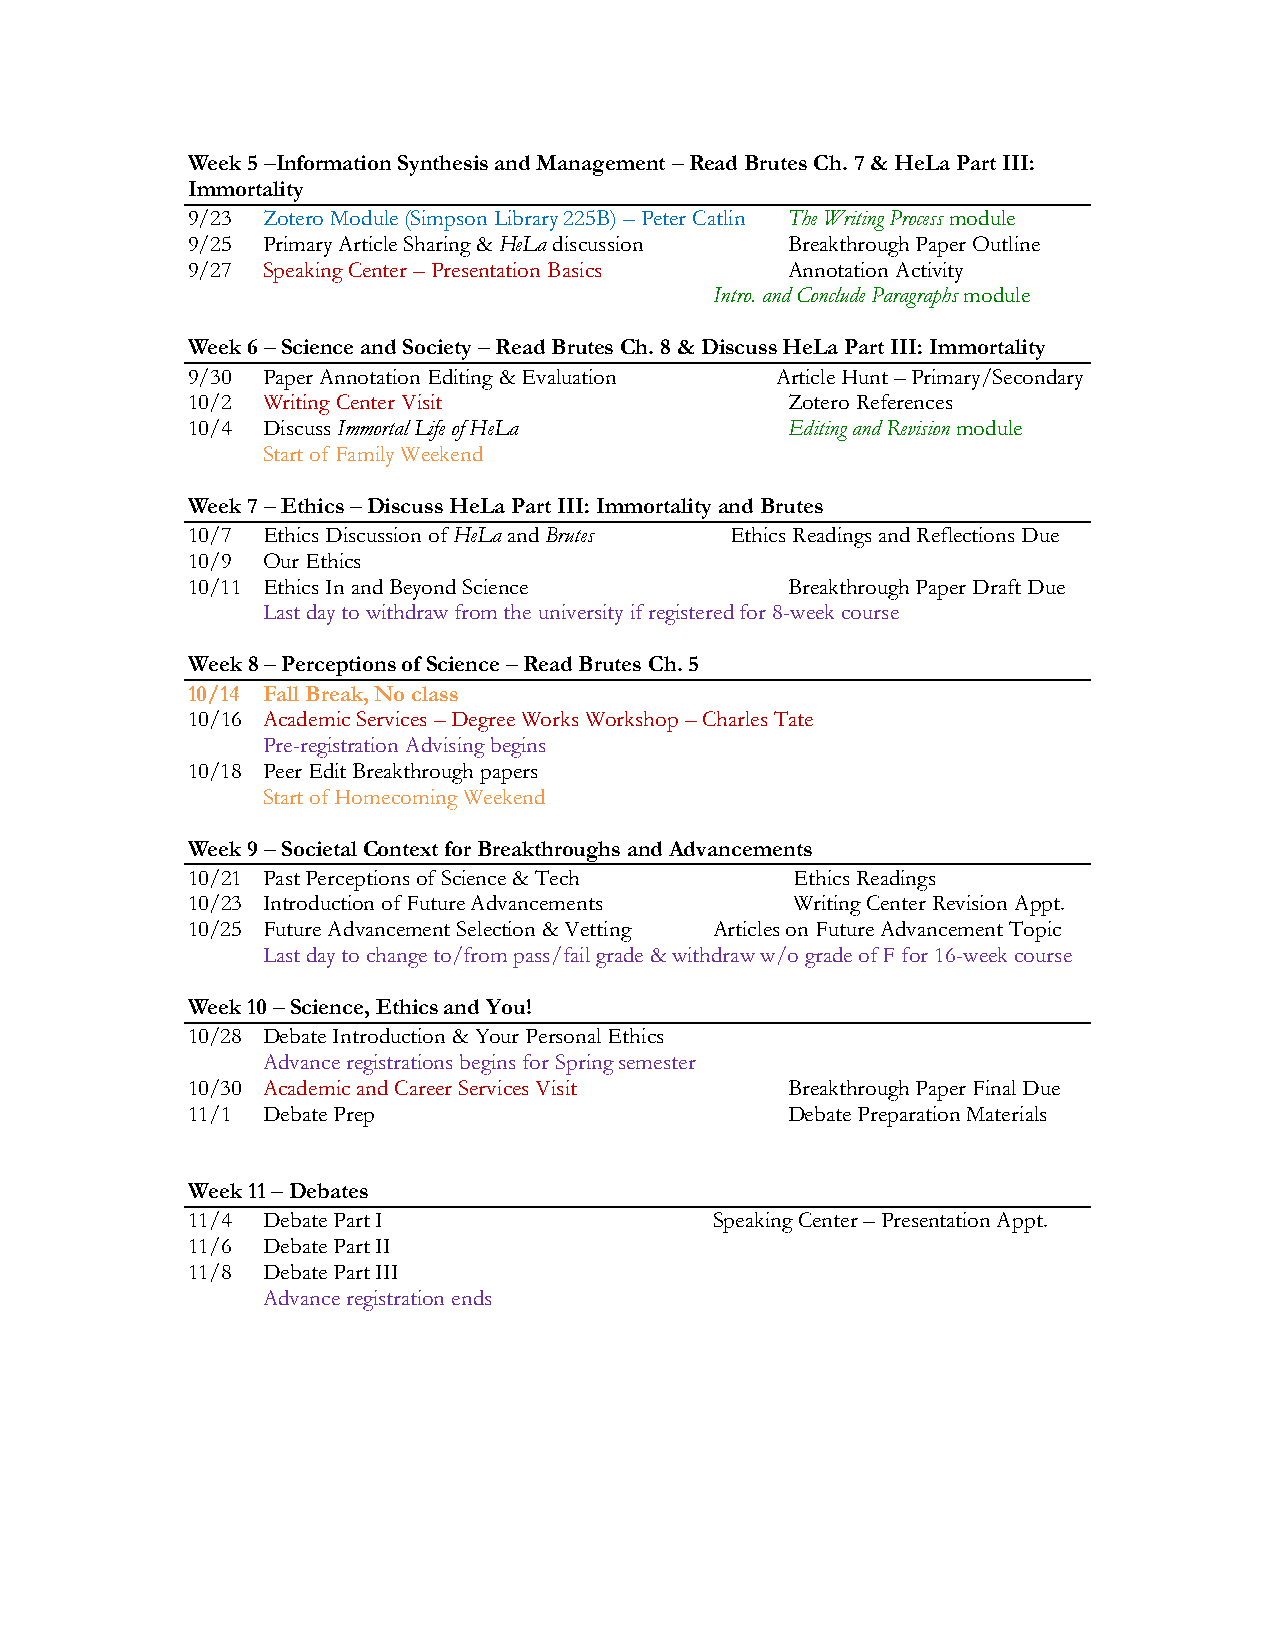
Week 5 –Information Synthesis and Management – Read Brutes Ch. 7 & HeLa Part III:
 Immortality
 9/23 Zotero Module (Simpson Library 225B) – Peter Catlin The Writing Process module
 9/25 Primary Article Sharing & HeLa discussion Breakthrough Paper Outline
 9/27 Speaking Center – Presentation Basics Annotation Activity
 Intro. and Conclude Paragraphs module
 Week 6 – Science and Society – Read Brutes Ch. 8 & Discuss HeLa Part III: Immortality
 9/30 Paper Annotation Editing & Evaluation Article Hunt – Primary/Secondary
 10/2 Writing Center Visit               Zotero References
 10/4 Discuss Immortal Life of HeLa      Editing and Revision module
 Start of Family Weekend
 Week 7 – Ethics – Discuss HeLa Part III: Immortality and Brutes
 10/7 Ethics Discussion of HeLa and Brutes Ethics Readings and Reflections Due
 10/9 Our Ethics
 10/11 Ethics In and Beyond Science      Breakthrough Paper Draft Due
 Last day to withdraw from the university if registered for 8-week course
 Week 8 – Perceptions of Science – Read Brutes Ch. 5
 10/14 Fall Break, No class
 10/16 Academic Services – Degree Works Workshop – Charles Tate
 Pre-registration Advising begins
 10/18 Peer Edit Breakthrough papers
 Start of Homecoming Weekend
 Week 9 – Societal Context for Breakthroughs and Advancements
 10/21 Past Perceptions of Science & Tech Ethics Readings
 10/23 Introduction of Future Advancements Writing Center Revision Appt.
 10/25 Future Advancement Selection & Vetting Articles on Future Advancement Topic
 Last day to change to/from pass/fail grade & withdraw w/o grade of F for 16-week course
 Week 10 – Science, Ethics and You!
 10/28 Debate Introduction & Your Personal Ethics
 Advance registrations begins for Spring semester
 10/30 Academic and Career Services Visit Breakthrough Paper Final Due
 11/1 Debate Prep                        Debate Preparation Materials
 Week 11 – Debates
 11/4 Debate Part I                 Speaking Center – Presentation Appt.
 11/6 Debate Part II
 11/8 Debate Part III
 Advance registration ends